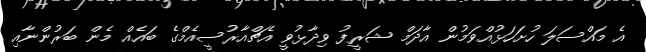
އެ މައްސަލަ ހުށަހަޅުއްވަމުން އާދަމް ޝަރީފު ވިދާޅުވީ އެޗްއާރުސީއެމްގެ ބައެއް މެން ބަރުންނާއި